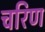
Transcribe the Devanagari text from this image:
चरिण